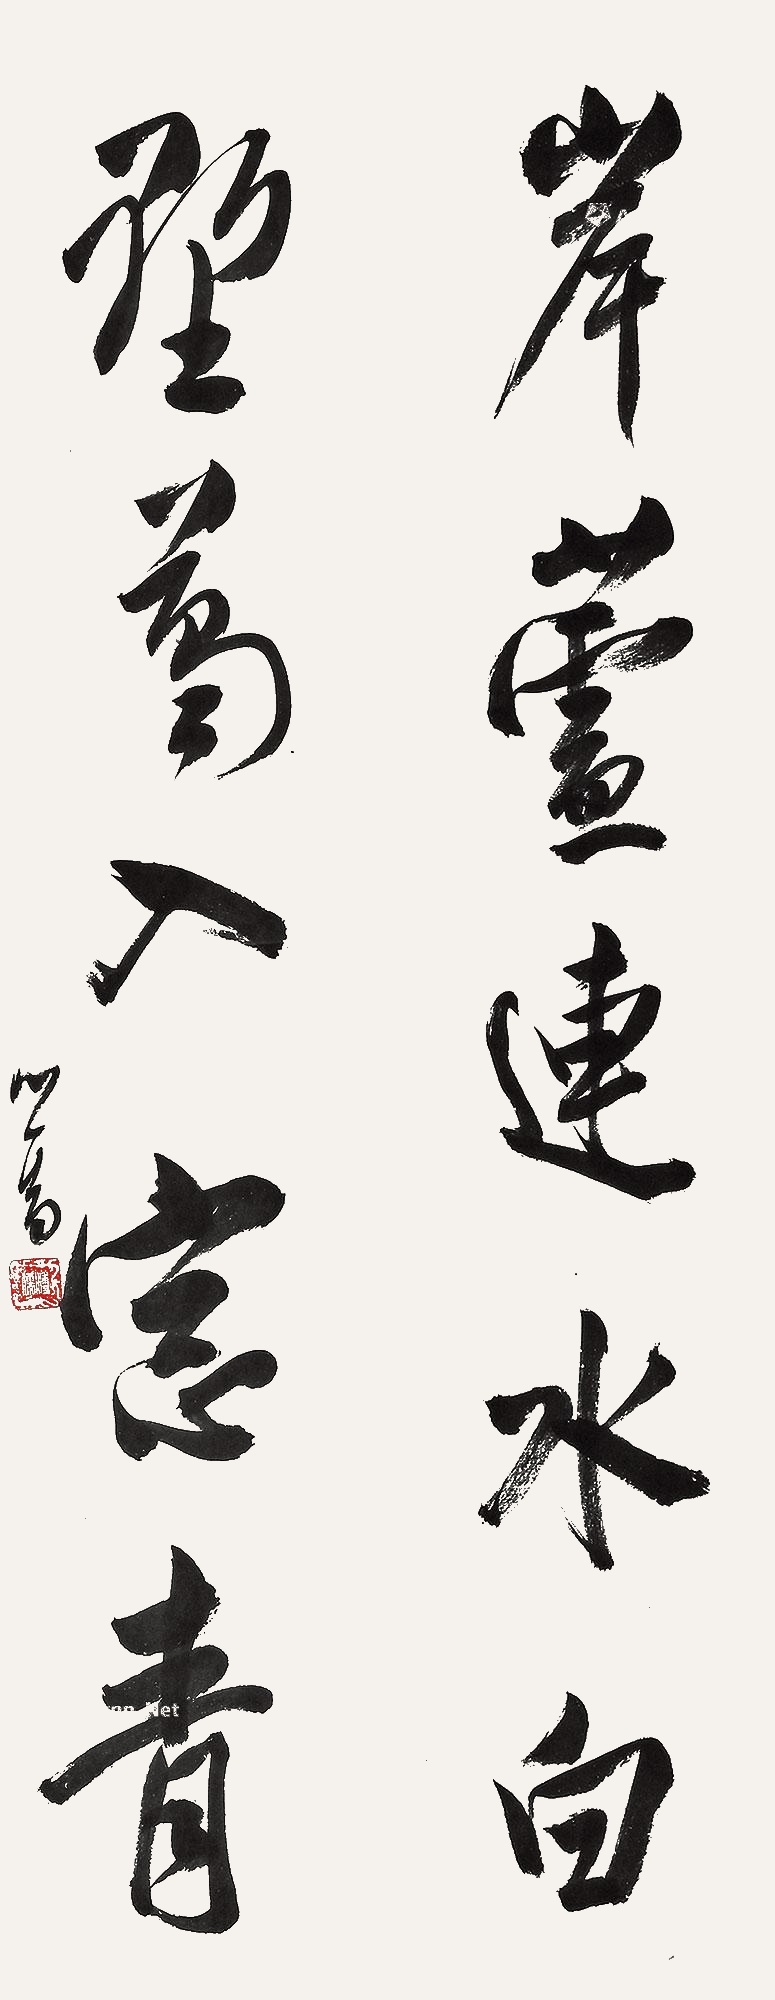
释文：岸芦连水白，野葛入窗青。心畬。